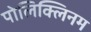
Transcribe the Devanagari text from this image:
पोलिक्लिनम